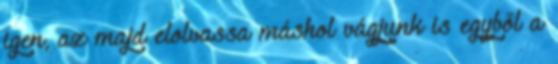
igen, az majd elolvassa máshol vágjunk is egyből a